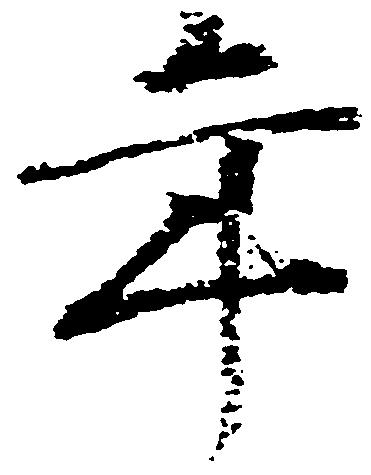
年